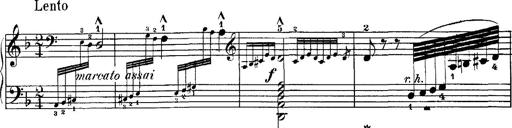
Title: Hungarian Rhapsody No.7
Composer: Franz Liszt
Key: D minor